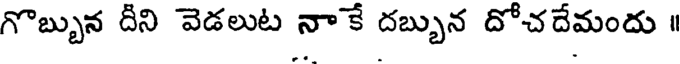
గొబ్బున దీని వెడలుట నాకే దబ్బున దోచదేమందు